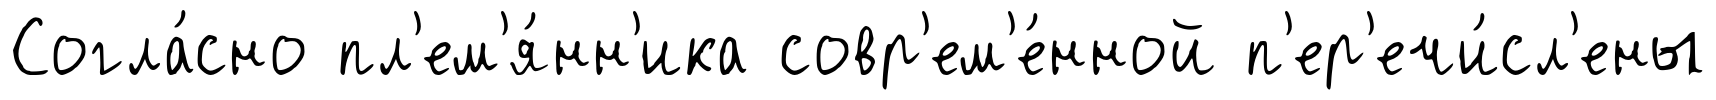
Согла́сно пл'ем'я́нн'ика совр'ем'е́нной п'ер'ечи́сл'ены